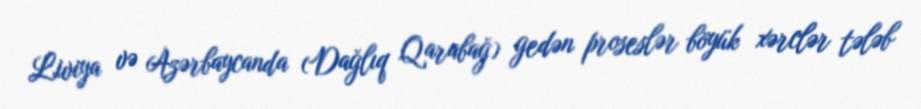
Liviya və Azərbaycanda (Dağlıq Qarabağ) gedən proseslər böyük xərclər tələb